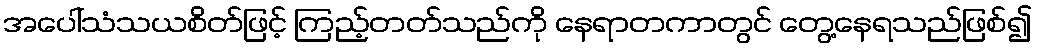
အပေါ်သံသယစိတ်ဖြင့် ကြည့်တတ်သည်ကို နေရာတကာတွင် တွေ့နေရသည်ဖြစ်၍